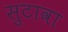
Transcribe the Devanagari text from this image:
सुटावा